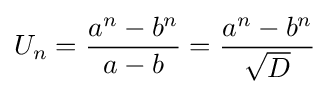
U_{n}={\frac {a^{n}-b^{n}}{a-b}}={\frac {a^{n}-b^{n}}{\sqrt {D}}}